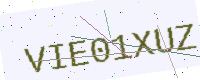
Text: VIE01XUZ